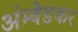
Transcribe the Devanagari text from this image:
अंम्बेडकर